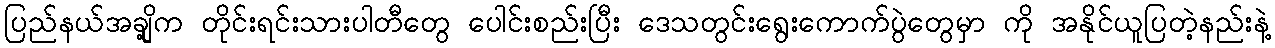
ပြည်နယ်အချို့က တိုင်းရင်းသားပါတီတွေ ပေါင်းစည်းပြီး ဒေသတွင်းရွေးကောက်ပွဲတွေမှာ ကို အနိုင်ယူပြတဲ့နည်းနဲ့